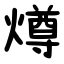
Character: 燇